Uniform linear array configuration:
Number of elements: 64
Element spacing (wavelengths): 1
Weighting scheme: cosine
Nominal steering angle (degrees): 30
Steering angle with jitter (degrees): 31.94
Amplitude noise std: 0.05
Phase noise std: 0.05

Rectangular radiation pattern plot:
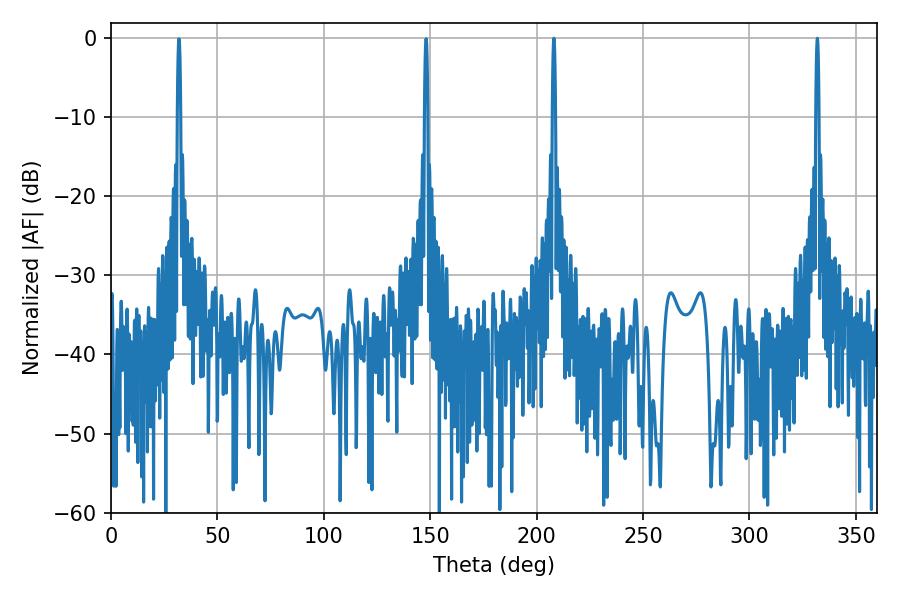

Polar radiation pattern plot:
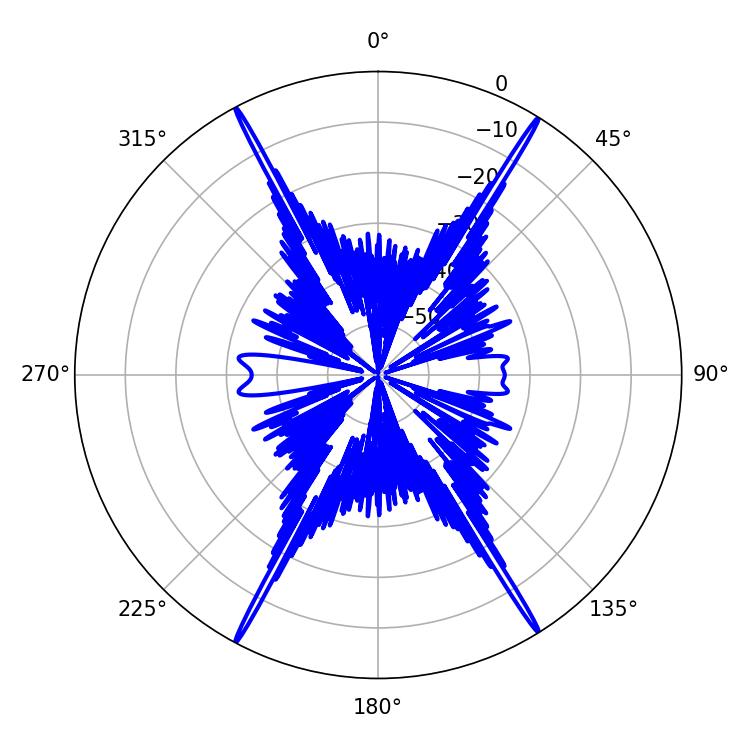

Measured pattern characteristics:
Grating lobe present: TRUE
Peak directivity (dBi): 28.444
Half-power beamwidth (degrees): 0.72
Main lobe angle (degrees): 208.08